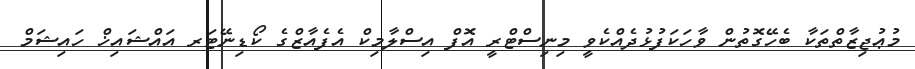
މުޢުޖިޒާތްތަކާ ބެހޭގޮތުން ވާހަކަފުޅުދެއްކެވީ މިނިސްޓްރީ އޮފް އިސްލާމިކް އެފެއާޒްގެ ކޯޑިނޭޓަރ އައްޝައިޚް ހައިޝަމް